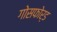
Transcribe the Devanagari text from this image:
गोसफोर्ड